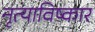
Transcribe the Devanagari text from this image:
नृत्याविष्कार